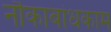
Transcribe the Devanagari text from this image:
नौकाबांधकाम